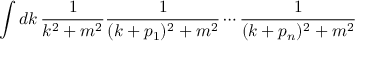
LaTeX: \int d k \, { \frac { 1 } { k ^ { 2 } + m ^ { 2 } } } { \frac { 1 } { ( k + p _ { 1 } ) ^ { 2 } + m ^ { 2 } } } \cdots { \frac { 1 } { ( k + p _ { n } ) ^ { 2 } + m ^ { 2 } } }